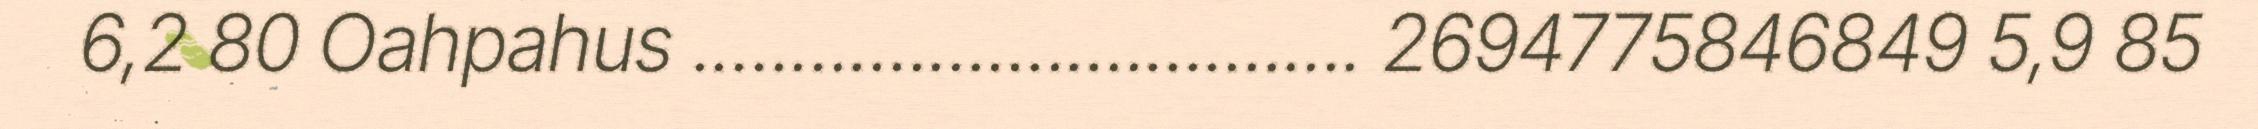
6,2 80 Oahpahus .................................. 2694775846849 5,9 85